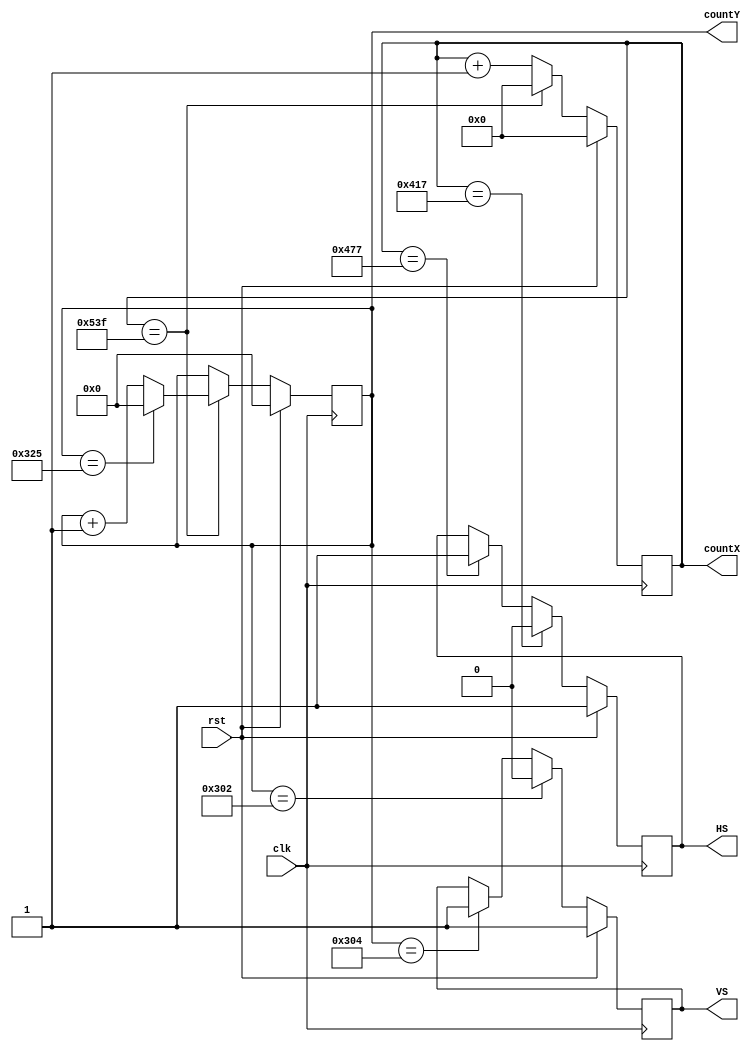
module VGA_Control (
  input clk,                // pixel clock of 65 MHz
  input rst,
  output reg HS,            // horizontal sync
  output reg VS,            // vertical sync 
  output reg [10:0] countX, // current X position on screen
  output reg [9:0] countY   // current Y position on screen
);

always @(posedge clk) begin
  if(rst) begin
    countX <= 0;
    countY <= 0;
    HS <= 1; 
    VS <= 1;
  end else begin
    if (countX == 1343) begin
      countX <= 0;
      if (countY == 805) countY <= 0;
      else countY <= countY + 1'b1;
    end else countX <= countX + 1'b1;
    if      (countX == 1047) HS <= 0; // start horizontal sync-pulse of 96
    else if (countX == 1143) HS <= 1; // end horizontal sync-pulse of 96
    if      (countY == 770) VS <= 0;  // start vertical sync-pulse of 2
    else if (countY == 772) VS <= 1;  // end vertical sync-pulse of 2
  end
end

endmodule